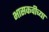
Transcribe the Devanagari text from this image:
भासकवीच्या